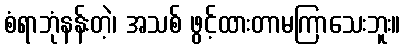
စံရာဘုံနန်းတဲ့၊ အသစ် ဖွင့်ထားတာမကြာသေးဘူး။